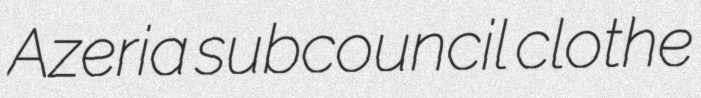
Azeria subcouncil clothe